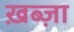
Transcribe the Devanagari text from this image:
ख़ब्ज़ा